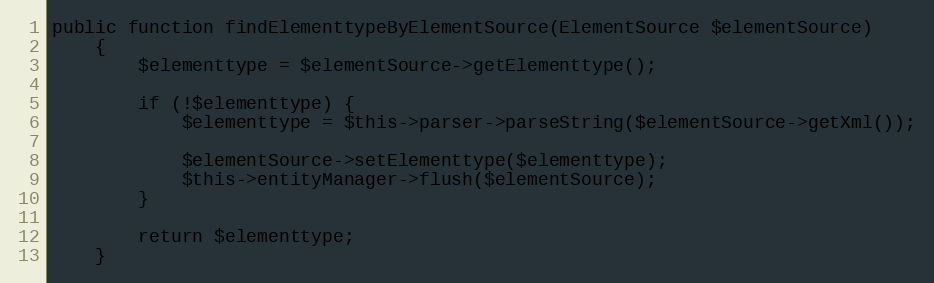
Language: PHP
public function findElementtypeByElementSource(ElementSource $elementSource)
    {
        $elementtype = $elementSource->getElementtype();

        if (!$elementtype) {
            $elementtype = $this->parser->parseString($elementSource->getXml());

            $elementSource->setElementtype($elementtype);
            $this->entityManager->flush($elementSource);
        }

        return $elementtype;
    }